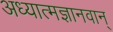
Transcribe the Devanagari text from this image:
अध्यात्मज्ञानवान्